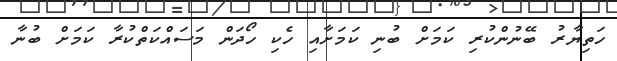
ހަތިޔާރު ބޭނުންކުރި ކަމަށް ބުނި ކަމަށާއި ހެކި ހޯދަން މަސައްކަތްކުރާ ކަމަށް ބުނާ